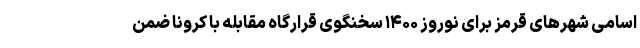
اسامی شهرهای قرمز برای نوروز ۱۴۰۰ سخنگوی قرارگاه مقابله با کرونا ضمن